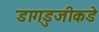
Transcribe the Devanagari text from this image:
डागडुजीकडे